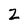
Character: Z